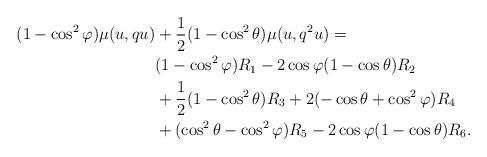
LaTeX: \begin{align*} (1-\cos^{2}\varphi)\mu(u,qu)&+\frac{1}{2}(1-\cos^{2}\theta)\mu(u,q^{2}u)=\\&(1-\cos^{2}\varphi)R_{1} -2\cos\varphi(1-\cos\theta)R_{2}\\&+\frac{1}{2}(1-\cos^{2}\theta)R_{3}+2(-\cos\theta+\cos^{2}\varphi)R_{4}\\&+(\cos^{2}\theta-\cos^{2}\varphi)R_{5}-2\cos\varphi(1-\cos\theta)R_{6}. \end{align*}